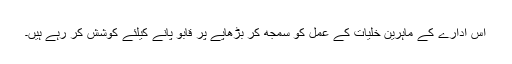
اس ادارے کے ماہرین خلیات کے عمل کو سمجھ کر بڑھاپے پر قابو پانے کیلئے کوشش کر رہے ہیں۔